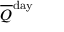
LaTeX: { \overline { { Q } } } ^ { \mathrm { d a y } }